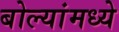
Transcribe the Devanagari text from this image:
बोल्यांमध्ये